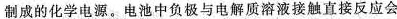
制成的化学电源。电池中负极与电解质溶液接触直接反应会